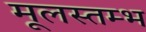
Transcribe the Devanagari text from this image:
मूलस्तम्भ